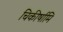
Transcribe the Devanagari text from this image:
चिकीर्षामि